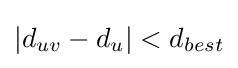
|d_{uv}-d_{u}|<d_{best}